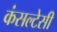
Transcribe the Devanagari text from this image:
कंसल्टेसी